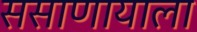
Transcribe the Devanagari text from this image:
ससाणायाला